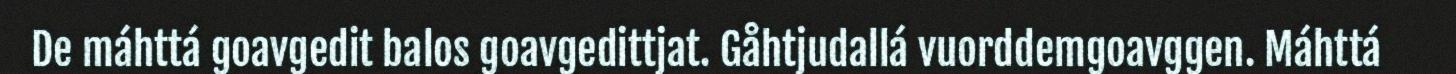
De máhttá goavgedit balos goavgedittjat. Gåhtjudallá vuorddemgoavggen. Máhttá